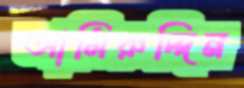
আমিরুদ্দিন